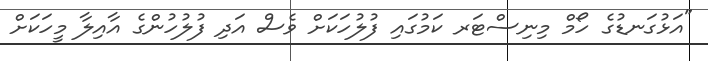
"އަޅުގަނޑުގެ ހޯމް މިނިސްޓަރ ކަމުގައި ފުލުހަކަށް ވެސް އަދި ފުލުހުންގެ އާއިލާ މީހަކަށް